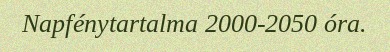
Napfénytartalma 2000-2050 óra.